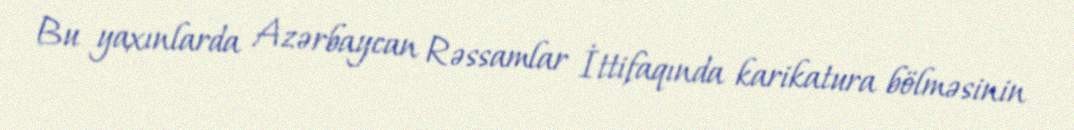
Bu yaxınlarda Azərbaycan Rəssamlar İttifaqında karikatura bölməsinin